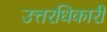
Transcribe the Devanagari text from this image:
उत्तरधिकारी